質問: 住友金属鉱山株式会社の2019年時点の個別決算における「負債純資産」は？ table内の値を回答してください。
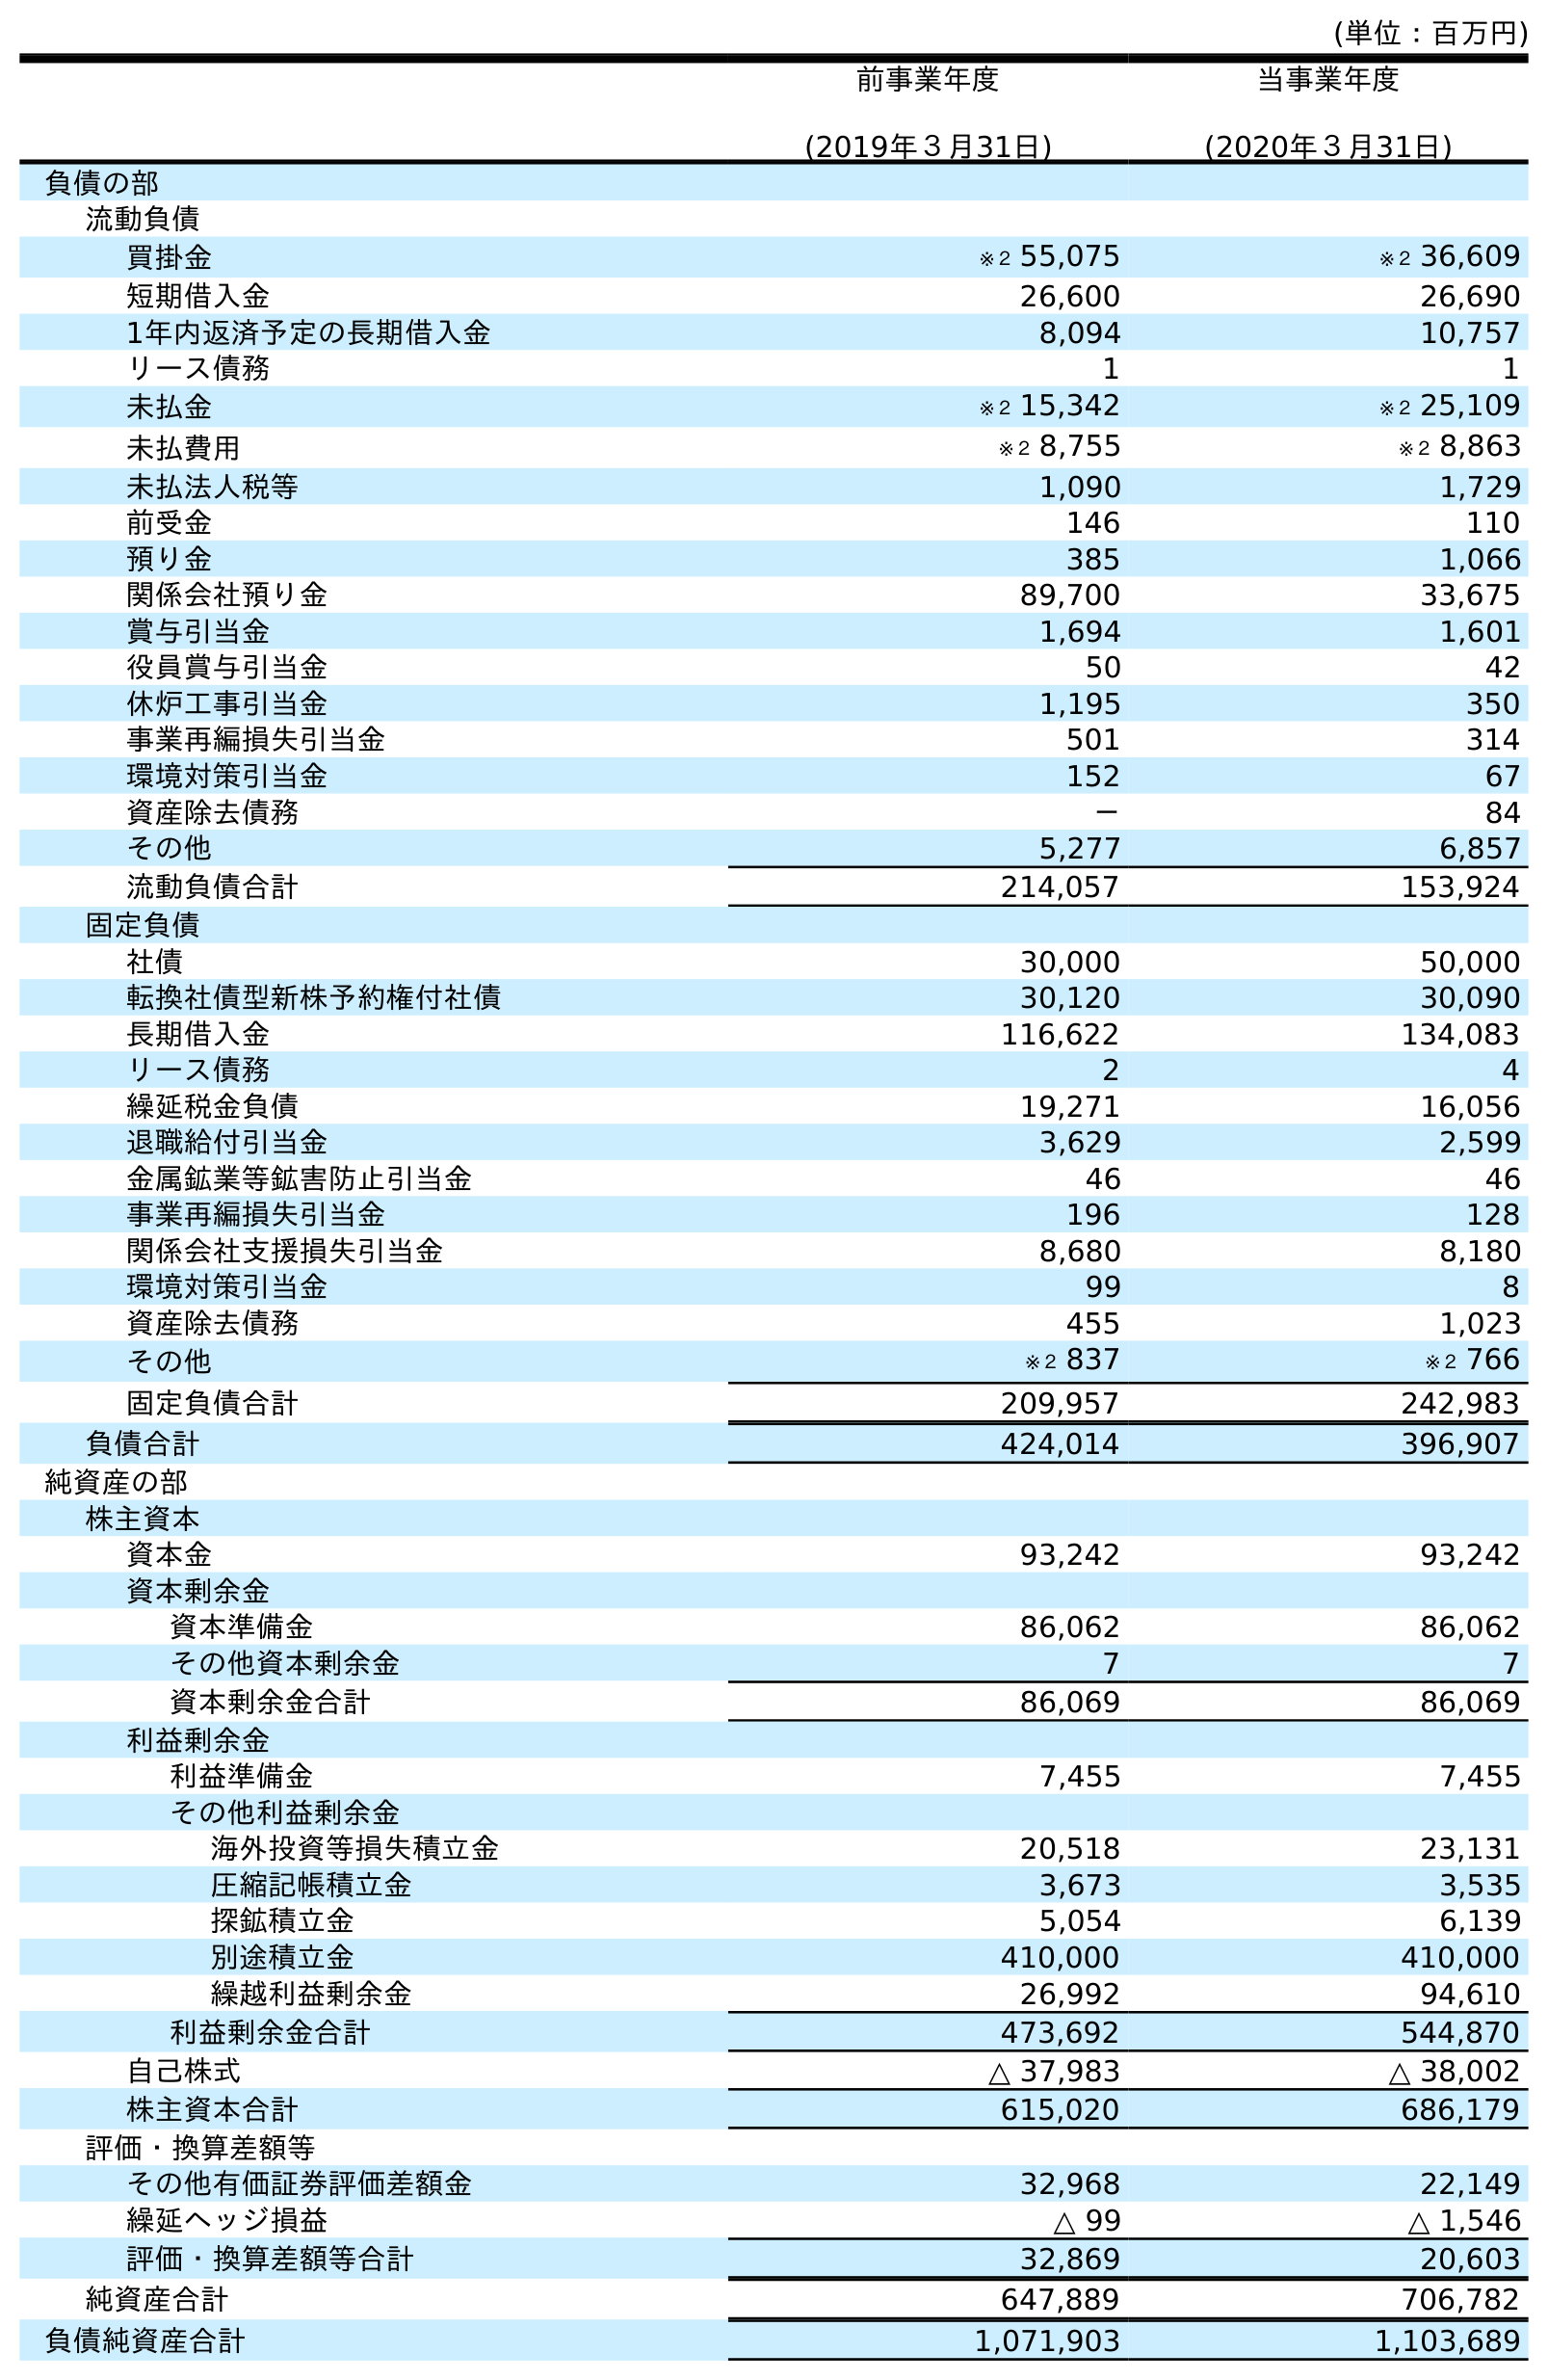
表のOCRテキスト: (単位：百万円) 前事業年度 (2019年３月31日) 当事業年度 (2020年３月31日) 負債の部 流動負債 買掛金 ※２ 55,075 ※２ 36,609 短期借入金 26,600 26,690 1年内返済予定の長期借入金 8,094 10,757 リース債務 1 1 未払金 ※２ 15,342 ※２ 25,109 未払費用 ※２ 8,755 ※２ 8,863 未払法人税等 1,090 1,729 前受金 146 110 預り金 385 1,066 関係会社預り金 89,700 33,675 賞与引当金 1,694 1,601 役員賞与引当金 50 42 休炉工事引当金 1,195 350 事業再編損失引当金 501 314 環境対策引当金 152 67 資産除去債務 － 84 その他 5,277 6,857 流動負債合計 214,057 153,924 固定負債 社債 30,000 50,000 転換社債型新株予約権付社債 30,120 30,090 長期借入金 116,622 134,083 リース債務 2 4 繰延税金負債 19,271 16,056 退職給付引当金 3,629 2,599 金属鉱業等鉱害防止引当金 46 46 事業再編損失引当金 196 128 関係会社支援損失引当金 8,680 8,180 環境対策引当金 99 8 資産除去債務 455 1,023 その他 ※２ 837 ※２ 766 固定負債合計 209,957 242,983 負債合計 424,014 396,907 純資産の部 株主資本 資本金 93,242 93,242 資本剰余金 資本準備金 86,062 86,062 その他資本剰余金 7 7 資本剰余金合計 86,069 86,069 利益剰余金 利益準備金 7,455 7,455 その他利益剰余金 海外投資等損失積立金 20,518 23,131 圧縮記帳積立金 3,673 3,535 探鉱積立金 5,054 6,139 別途積立金 410,000 410,000 繰越利益剰余金 26,992 94,610 利益剰余金合計 473,692 544,870 自己株式 △ 37,983 △ 38,002 株主資本合計 615,020 686,179 評価・換算差額等 その他有価証券評価差額金 32,968 22,149 繰延ヘッジ損益 △ 99 △ 1,546 評価・換算差額等合計 32,869 20,603 純資産合計 647,889 706,782 負債純資産合計 1,071,903 1,103,689
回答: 1,071,903